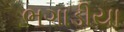
ભગાડીયા